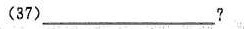
(37)__________?